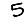
Digit: 5